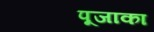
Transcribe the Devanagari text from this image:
पूजाका